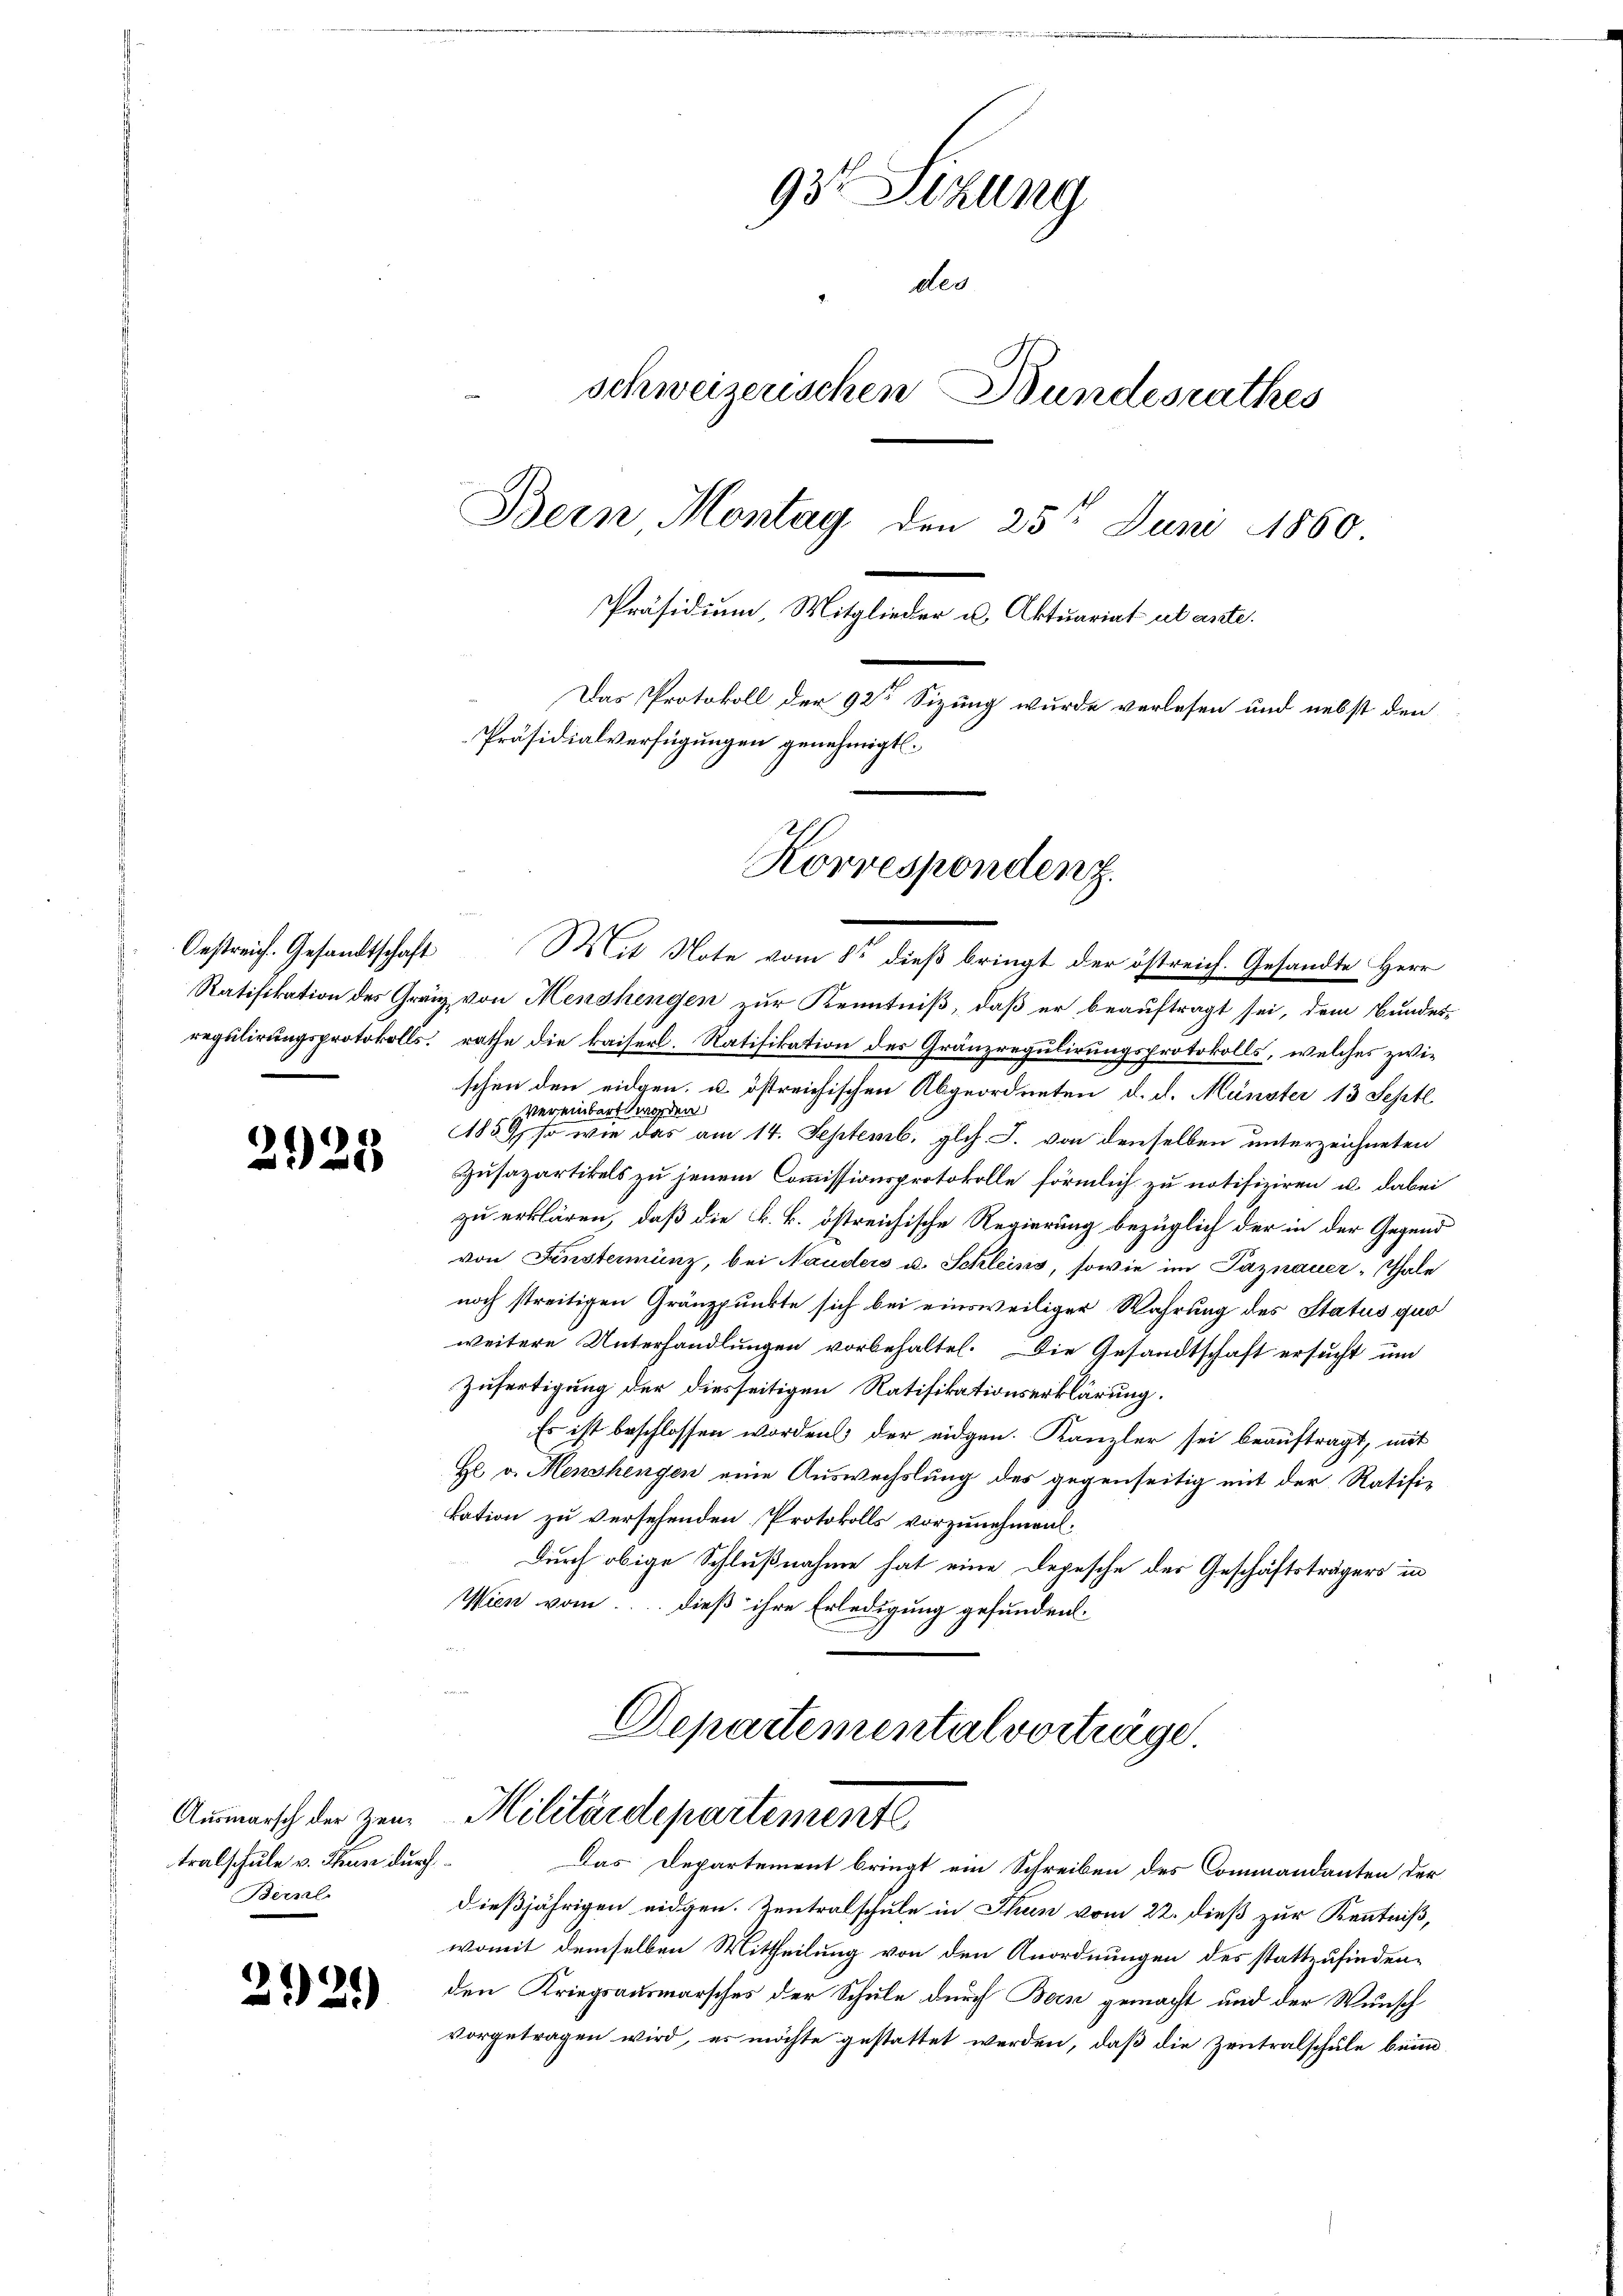
)
20

tralschule v. Thun durch
Bernel

2120)

93t Setzung
des
schweizerischen Bundesrathes
Bern Montag den 25t Juni 1860.
Präsidium, Mitglieder u. Aktuariat ut ante.
Das Protokoll der 92te Sizung wurde verlesen und nebst den
Präsidialverfügungen genehmigt.
Korrespondenz.

Oestreich. Gesandtschaft Mit Note vom 8ten dieß bringt der östreich. Gesandte Herr
Ratifikation des Gränz von Menshengen zur Kenntniß, daß er beauftragt sei, dem Bundes-
regulirungsprotokolls, rathe die kaiserl. Ratifikation des Gränzregulirungsprotokolls, welches zwischen den eidgen. u. östreichischen Abgeordneten d. d. Münster 13 Septl
vereinbart worden
1859, so wie das am 14. Septemb. glch. J. von denselben unterzeichneten
Zusazartikels zu jenem Commissionsprotokolle förmlich zu notifiziren u. dabei
zu erklären, daß die k. k. östreichische Regierung bezüglich der in der Gegend
von Finsterminz, bei Nauders u. Schleins, sowie im Paznauer-Thale
noch streitigen Gränzpunkte sich bei einsweiliger Wahrung des Status quo
weitere Unterhandlungen vorbehaltet. Die Gesandtschaft ersucht und
Zufertigung der diesseitigen Ratifikationserklärung.
Es ist beschlossen worden der eidgen. Kanzler sei beauftragt, mit
He v. Menshengen eine Auswechslung des gegenseitig mit der Ratifikation zu versehenden Protokolls vorzunehmen.
Durch obige Schlußnahme hat eine Depesche der Geschäftsträgers in
Wien vom.... dieß ihre Erledigung gefunden.

Departementalvorträge.
Ausmarsch der zer-Militärdepartementl

Das Departement bringt ein Schreiben des Commandanten der
dießjährigen eidgen. Zentralschule in Thun vom 22. dieß zur Kenntniß,
womit demselben Mittheilung von den Anordnungen des stattzufindenden Kriegsausmarsches der Schule durch Bern gemacht und der Wunsch
vorgetragen wird, es möchte gestattet werden, daß die Zentralschule beim